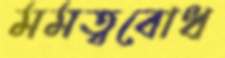
মমত্ববোধ